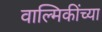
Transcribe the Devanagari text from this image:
वाल्मिकींच्या